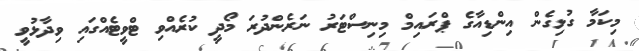
މިކަމާ ގުޅިގެން އިންޑިއާގެ ޕްރައިމް މިނިސްޓަރު ނަރެންދުރަ މޯދީ ކުރެއްވި ޓްވީޓެއްގައި ވިދާޅުވީ